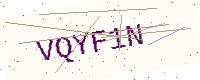
Text: VQYF1N